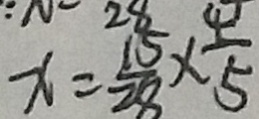
x = \frac { 1 5 } { 2 8 } \times \frac { 4 } { 5 }